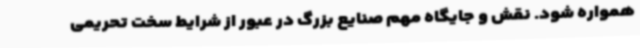
همواره شود. نقش و جایگاه مهم صنایع بزرگ در عبور از شرایط سخت تحریمی